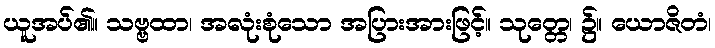
ယူအပ်၏။ သဗ္ဗထာ၊ အလုံးစုံသော အပြားအားဖြင့်။ သုတ္တေ၊ ၌။ ယောဇိတံ၊